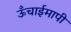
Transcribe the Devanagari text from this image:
ऊँचाईमापी